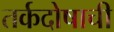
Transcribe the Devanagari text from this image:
तर्कदोषाची